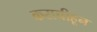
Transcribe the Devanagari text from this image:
कराचीहून